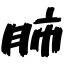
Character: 肺